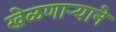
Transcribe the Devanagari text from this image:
खेळणाऱ्याने